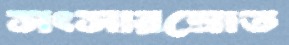
সংসারস্রোত